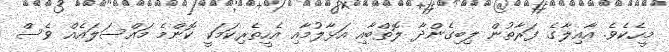
މީހެކެވެ. އާއިލާގެ ފަރާތުން ލިބިގެންދާ ލޮތްބާއި އަޅާލުމާއި އެހީތެރިކަމަކީ ކޮންމެ މައްސަލައެއް ވެސް